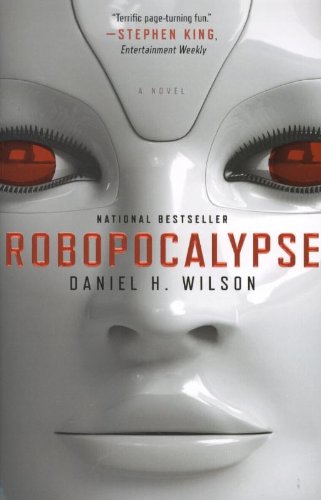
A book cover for Robopocalypse: A Novel (Vintage Contemporaries); Daniel H. Wilson; Science Fiction & Fantasy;